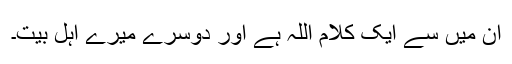
ان میں سے ایک کلام اللہ ہے اور دوسرے میرے اہل بیت۔